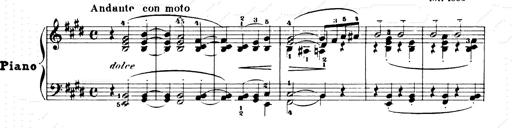
Title: Consolations and LiebestrÃ¤ume for the Piano
Composer: Franz Liszt